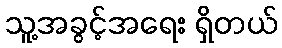
သူ့အခွင့်အရေး ရှိတယ်